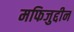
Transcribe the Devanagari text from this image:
मफिजुद्दीन